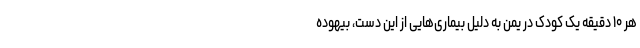
هر ۱۰ دقیقه یک کودک در یمن به دلیل بیماری‌هایی از این دست، بیهوده